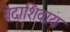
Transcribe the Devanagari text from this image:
वेदाशिवाय